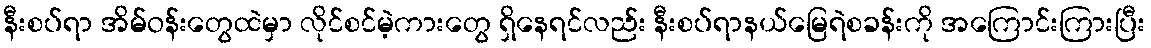
နီးစပ်ရာ အိမ်ဝန်းတွေထဲမှာ လိုင်စင်မဲ့ကားတွေ ရှိနေရင်လည်း နီးစပ်ရာနယ်မြေရဲစခန်းကို အကြောင်းကြားပြီး